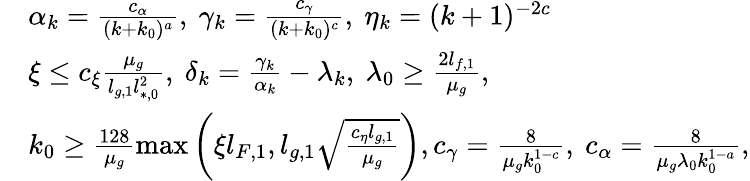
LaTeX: \begin{array}{rl}&{\alpha_{k}=\frac{c_{\alpha}}{(k+k_{0})^{a}},\ \gamma_{k}=\frac{c_{\gamma}}{(k+k_{0})^{c}},\ \eta_{k}=(k+1)^{-2c}}\\ &{\xi\le c_{\xi}\frac{\mu_{g}}{l_{g,1}l_{*,0}^{2}},\ \delta_{k}=\frac{\gamma_{k}}{\alpha_{k}}-\lambda_{k},\ \lambda_{0}\ge\frac{2l_{f,1}}{\mu_{g}},}\\ &{k_{0}\ge\frac{128}{\mu_{g}}\operatorname*{max}\left(\xi l_{F,1},l_{g,1}\sqrt{\frac{c_{\eta}l_{g,1}}{\mu_{g}}}\right),c_{\gamma}=\frac{8}{\mu_{g}k_{0}^{1-c}},\ c_{\alpha}=\frac{8}{\mu_{g}\lambda_{0}k_{0}^{1-a}},}\end{array}